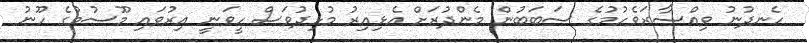
ހެނދުނު ވިއްސާރަވެހުމުގެ ސަބަބުން މެންދުރަށް އެޅިއިރު މުޅިދުވަސް ހީވަނީ އިރުވައި މޫސުމުގެ ހޫނު